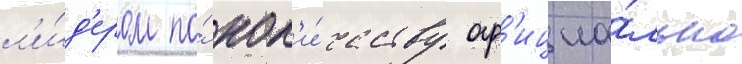
л'и́д'ером по́ кол'и́честву оф'ициа́льно